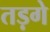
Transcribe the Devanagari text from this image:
तड़गे